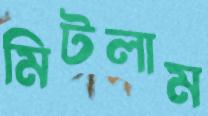
মিটলাম